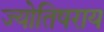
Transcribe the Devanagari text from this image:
ज्योतिषराय